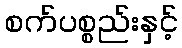
စက်ပစ္စည်းနှင့်